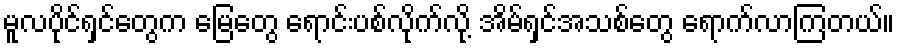
မူလပိုင်ရှင်တွေက မြေတွေ ရောင်းပစ်လိုက်လို့ အိမ်ရှင်အသစ်တွေ ရောက်လာကြတယ်။